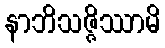
နာဘိသဇ္ဇိဿာမိ